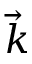
\vec { k }